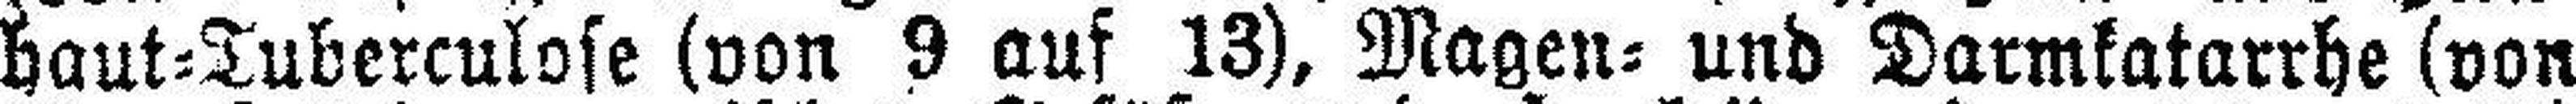
haut=Tuberculose (von 9 auf 13), Magen= und Darmkatarrhe (von